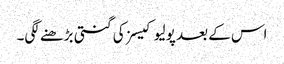
اس کے بعد پولیو کیسز کی گنتی بڑھنے لگی۔